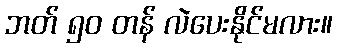
ဘတ် ၅၀ တန် လဲပေးနိုင်မလား။